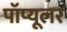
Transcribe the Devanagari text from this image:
पॉप्यूलर